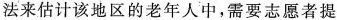
法来估计该地区的老年人中，需要志愿者